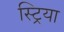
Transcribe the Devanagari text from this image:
स्ट्रिया